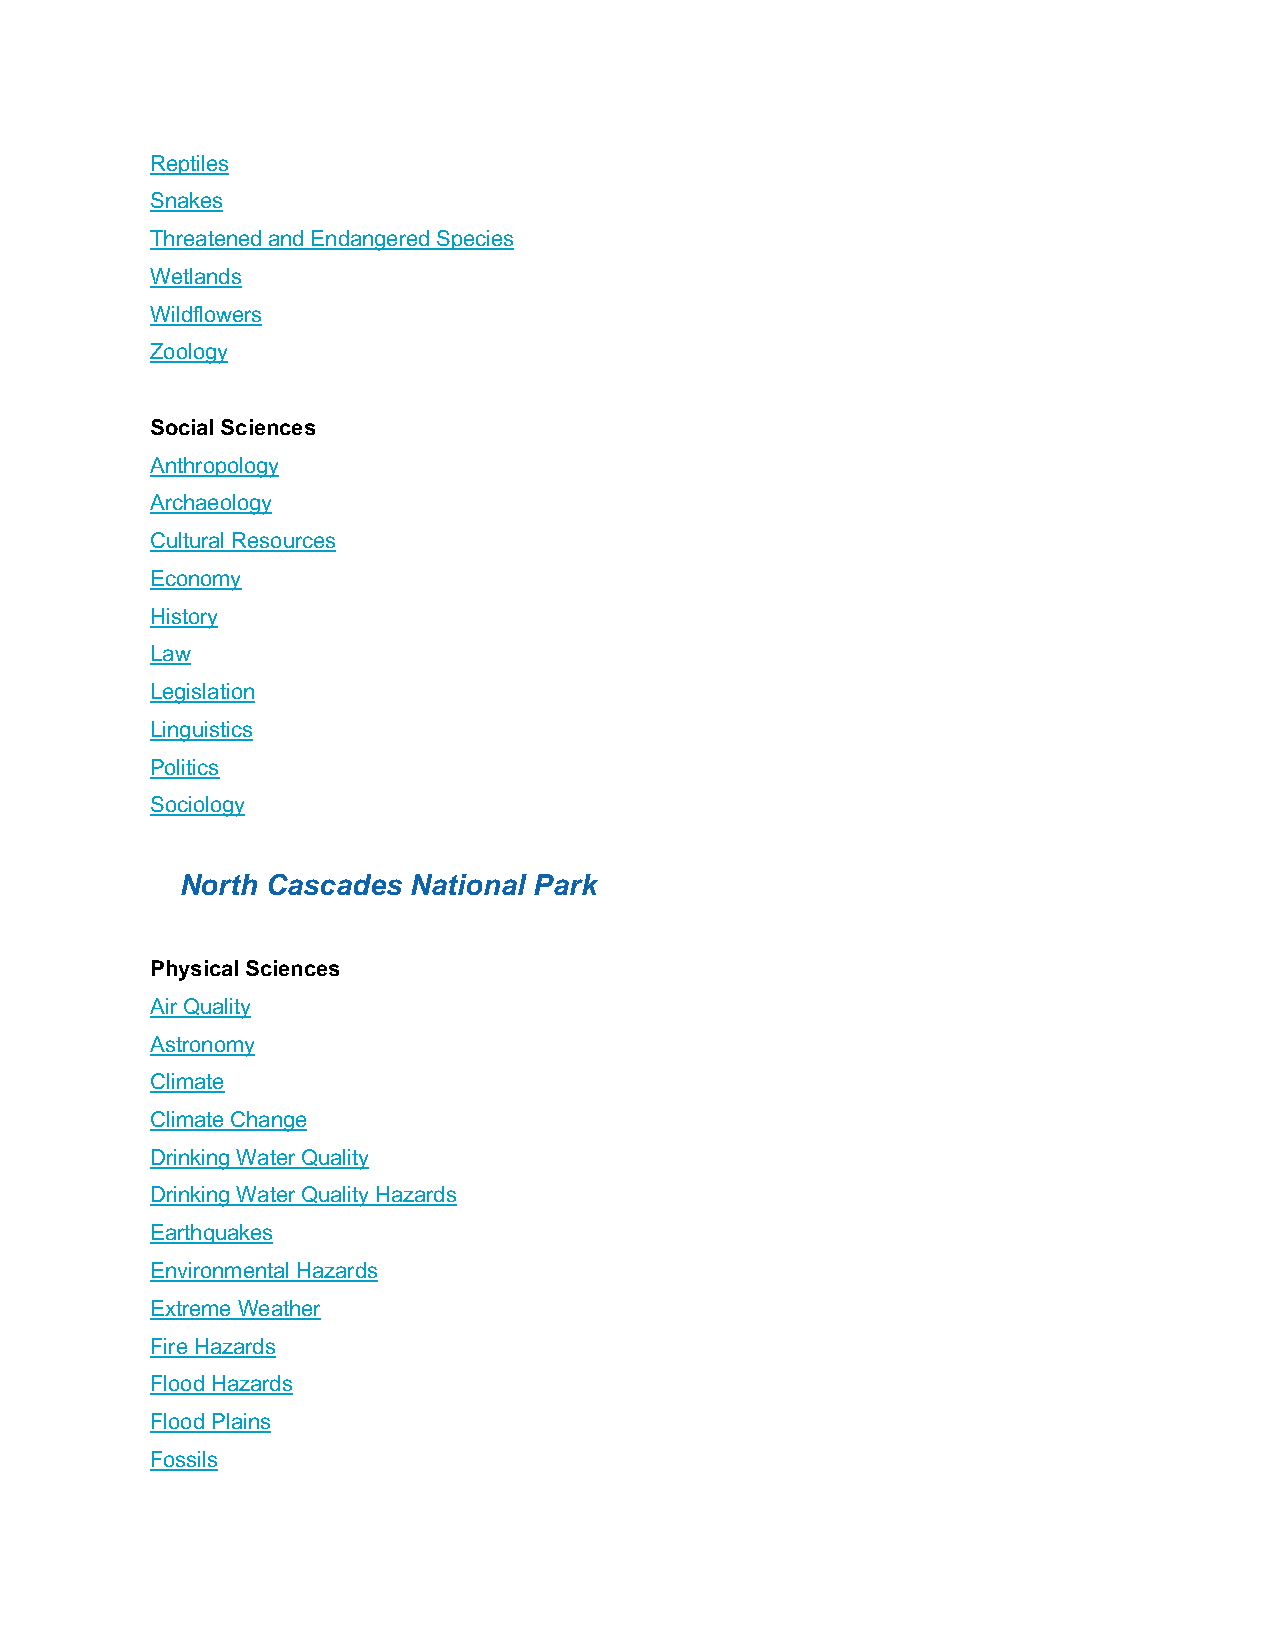
Reptiles
 Snakes
 Threatened and Endangered Species
 Wetlands
 Wildflowers
 Zoology
 Social Sciences
 Anthropology
 Archaeology
 Cultural Resources
 Economy
 History
 Law
 Legislation
 Linguistics
 Politics
 Sociology
 North Cascades National Park
 Physical Sciences
 Air Quality
 Astronomy
 Climate
 Climate Change
 Drinking Water Quality
 Drinking Water Quality Hazards
 Earthquakes
 Environmental Hazards
 Extreme Weather
 Fire Hazards
 Flood Hazards
 Flood Plains
 Fossils